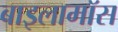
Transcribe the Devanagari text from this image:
बाइलामॉस